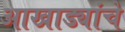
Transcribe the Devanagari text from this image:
आखाड्यांचे